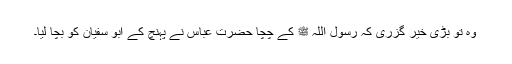
وہ تو بڑی خیر گزری کہ رسول اللہ ﷺ کے چچا حضرت عباسؓ نے پہنچ کے ابو سفیان کو بچا لیا۔